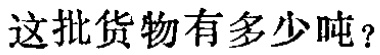
这批货物有多少吨？